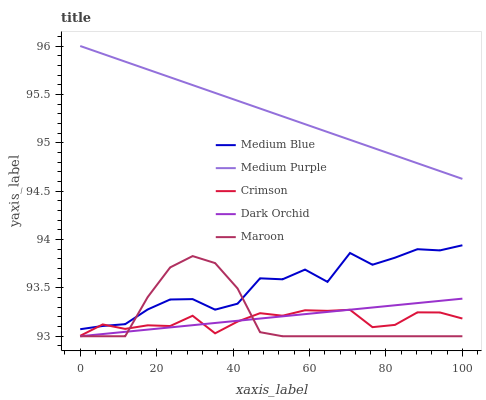
| xaxis_label | Medium Blue | Medium Purple | Crimson | Dark Orchid | Maroon |
 | --- | --- | --- | --- | --- | --- |
 | 0 | 93.1 | 96 | 93 | 93 | 93 |
 | 5.88 | 93.1 | 95.9 | 93.1 | 93 | 93 |
 | 11.8 | 93.1 | 95.8 | 93.1 | 93 | 93 |
 | 17.6 | 93.3 | 95.8 | 93.1 | 93.1 | 93.4 |
 | 23.5 | 93.4 | 95.7 | 93.1 | 93.1 | 93.7 |
 | 29.4 | 93.4 | 95.6 | 93.2 | 93.1 | 93.8 |
 | 35.3 | 93.3 | 95.5 | 93 | 93.1 | 93.8 |
 | 41.2 | 93.3 | 95.4 | 93.2 | 93.2 | 93.5 |
 | 47.1 | 93.6 | 95.4 | 93.2 | 93.2 | 93 |
 | 52.9 | 93.6 | 95.3 | 93.2 | 93.2 | 93 |
 | 58.8 | 93.7 | 95.2 | 93.3 | 93.2 | 93 |
 | 64.7 | 93.6 | 95.1 | 93.3 | 93.3 | 93 |
 | 70.6 | 93.9 | 95 | 93.3 | 93.3 | 93 |
 | 76.5 | 93.7 | 94.9 | 93.1 | 93.3 | 93 |
 | 82.4 | 93.8 | 94.9 | 93.1 | 93.3 | 93 |
 | 88.2 | 93.9 | 94.8 | 93.2 | 93.3 | 93 |
 | 94.1 | 93.9 | 94.7 | 93.2 | 93.4 | 93 |
 | 100 | 93.9 | 94.6 | 93.2 | 93.4 | 93 |